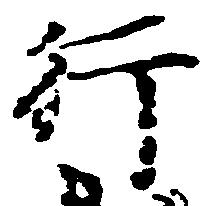
行